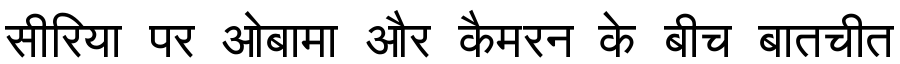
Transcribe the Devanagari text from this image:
सीरिया पर ओबामा और कैमरन के बीच बातचीत